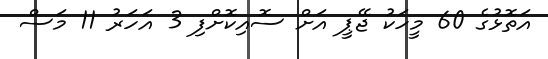
އަތޮޅުގެ 60 މީހަކު ޖޭޕީ އަށް ސޮއިކޮށްފި 3 އަހަރު 11 މަސް